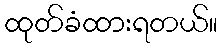
ထုတ်ခံထားရတယ်။